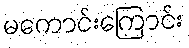
မကောင်းကြောင်း